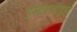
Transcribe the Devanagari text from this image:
ईमारतीद्वारे